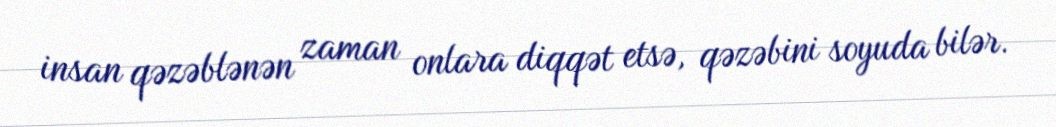
insan qəzəblənən zaman onlara diqqət etsə, qəzəbini soyuda bilər.